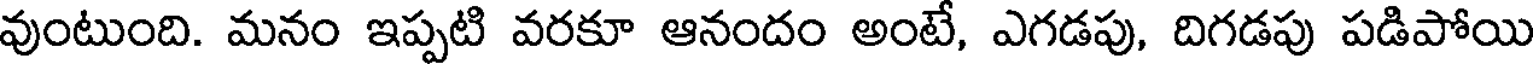
వుంటుంది. మనం ఇప్పటి వరకూ ఆనందం అంటే, ఎగడపు, దిగడపు పడిపోయి